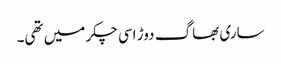
ساری بھاگ دوڑ اسی چکر میں تھی۔